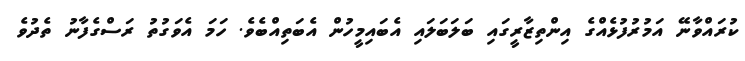
ކުރައްވާނޭ އަމުރުފުޅެއްގެ އިންތިޒާރީގައި ބަލަބަލައި އެބައިމީހުން އެބަތިއްބެވެ. ހަމަ އެވަގުތު ރަސްގެފާނު ތެދުވެ